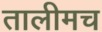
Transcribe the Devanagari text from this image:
तालीमच